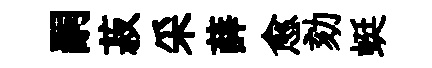
嗣菽采薛愈劾蜓